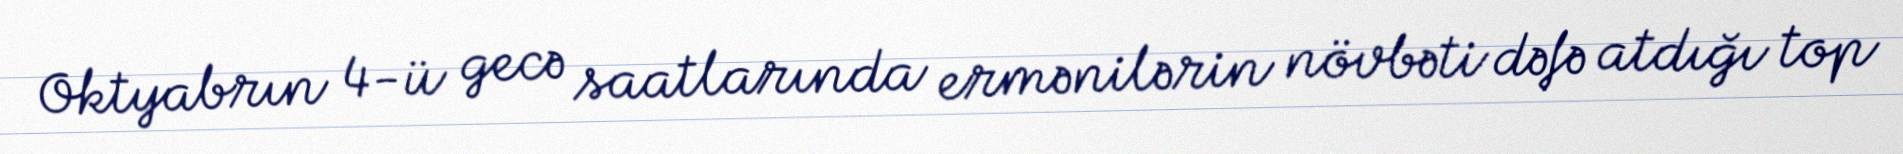
Oktyabrın 4-ü gecə saatlarında ermənilərin növbəti dəfə atdığı top